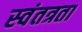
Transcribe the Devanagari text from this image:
स्‍वंतत्रता